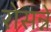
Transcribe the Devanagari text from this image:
रोसन्ने